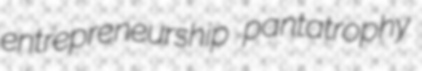
entrepreneurship pantatrophy